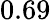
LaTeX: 0.69